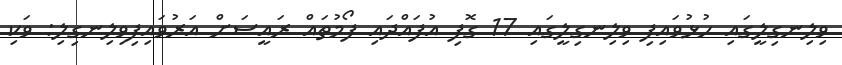
ވިލިނގިލީގައި ހުޅުވައިފި ވިލިނގިލީގައި 17 ގޮފި އުފައްދައި ފޯމުތައް ރައީސަށް އަރުވައިފިވިލިނގިލި: ވަކި